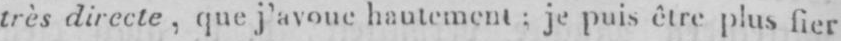
très directe, que j’avoue hautement: je puis être plus fier